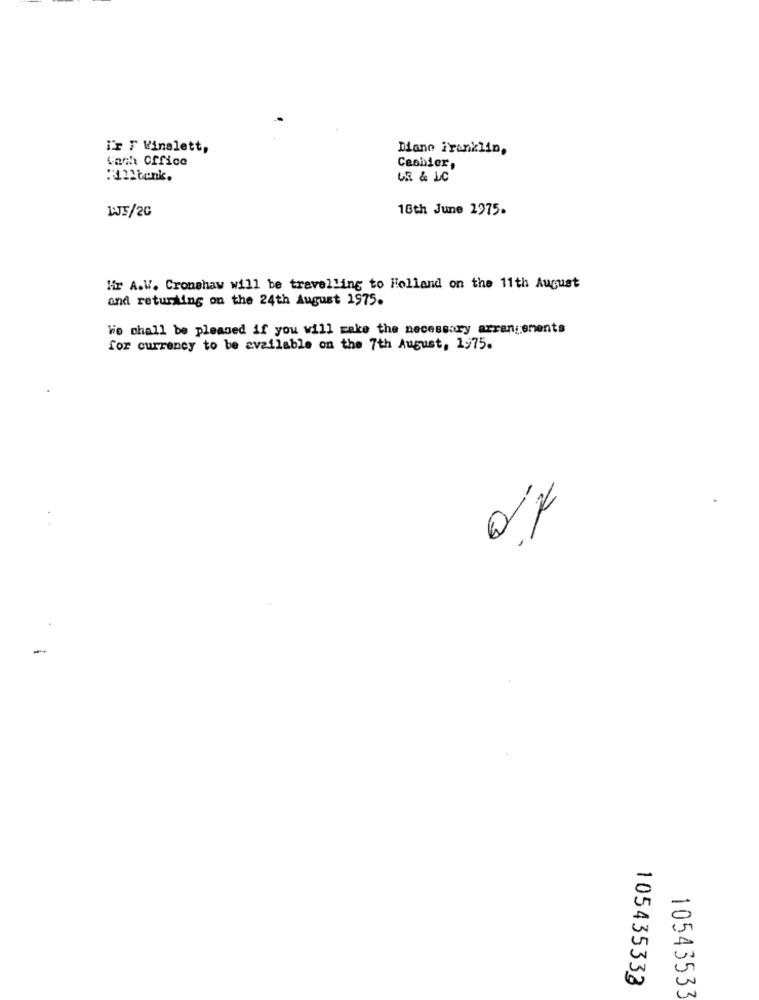
is F Winalett,
Diane Franklin,
Cach office
Ceshier,
:tenk.
UR & LC
18th June 1975.
LJ5/20
Mir A.V. Cronshaw will be travelling to Holland on the 11th August
and returning on the 24th August 1975.
We shall be pleased if you will rake the necessary arrangements
for currency to be available on the 7th August, 1975.
-
105435333
10543533